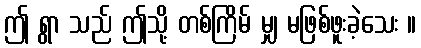
ဤ ရွာ သည် ဤသို့ တစ်ကြိမ် မျှ မဖြစ်ဖူးခဲ့သေး ။